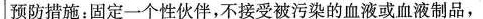
预防措施：固定一个性伙伴，不接受被污染的血液或血液制品，